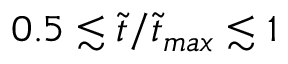
0 . 5 \lesssim \tilde { t } / \tilde { t } _ { m a x } \lesssim 1